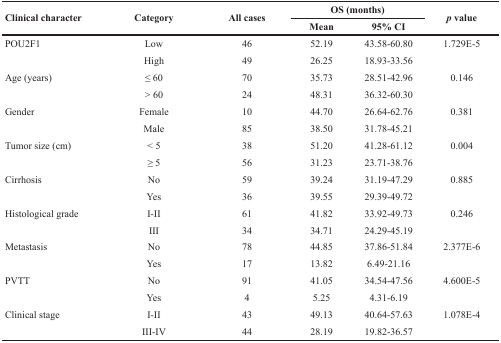
<table><thead><tr><td rowspan="2"><b>Clinical character</b></td><td rowspan="2"><b>Category</b></td><td rowspan="2"><b>All cases</b></td><td colspan="2"><b>OS (months)</b></td><td rowspan="2"><b><i>p</i> value</b></td></tr><tr><td><b>Mean</b></td><td><b>95% CI</b></td></tr></thead><tbody><tr><td>POU2F1</td><td>Low</td><td>46</td><td>52.19</td><td>43.58–60.80</td><td>1.729E-5</td></tr><tr><td></td><td>High</td><td>49</td><td>26.25</td><td>18.93–33.56</td><td></td></tr><tr><td>Age (years)</td><td>≤ 60</td><td>70</td><td>35.73</td><td>28.51–42.96</td><td>0.146</td></tr><tr><td></td><td>&gt; 60</td><td>24</td><td>48.31</td><td>36.32–60.30</td><td></td></tr><tr><td>Gender</td><td>Female</td><td>10</td><td>44.70</td><td>26.64–62.76</td><td>0.381</td></tr><tr><td></td><td>Male</td><td>85</td><td>38.50</td><td>31.78–45.21</td><td></td></tr><tr><td>Tumor size (cm)</td><td>&lt; 5</td><td>38</td><td>51.20</td><td>41.28–61.12</td><td>0.004</td></tr><tr><td></td><td>≥ 5</td><td>56</td><td>31.23</td><td>23.71–38.76</td><td></td></tr><tr><td>Cirrhosis</td><td>No</td><td>59</td><td>39.24</td><td>31.19–47.29</td><td>0.885</td></tr><tr><td></td><td>Yes</td><td>36</td><td>39.55</td><td>29.39–49.72</td><td></td></tr><tr><td>Histological grade</td><td>I-II</td><td>61</td><td>41.82</td><td>33.92–49.73</td><td>0.246</td></tr><tr><td></td><td>III</td><td>34</td><td>34.71</td><td>24.29–45.19</td><td></td></tr><tr><td>Metastasis</td><td>No</td><td>78</td><td>44.85</td><td>37.86–51.84</td><td>2.377E-6</td></tr><tr><td></td><td>Yes</td><td>17</td><td>13.82</td><td>6.49–21.16</td><td></td></tr><tr><td>PVTT</td><td>No</td><td>91</td><td>41.05</td><td>34.54–47.56</td><td>4.600E-5</td></tr><tr><td></td><td>Yes</td><td>4</td><td>5.25</td><td>4.31–6.19</td><td></td></tr><tr><td>Clinical stage</td><td>I-II</td><td>43</td><td>49.13</td><td>40.64–57.63</td><td>1.078E-4</td></tr><tr><td></td><td>III-IV</td><td>44</td><td>28.19</td><td>19.82–36.57</td><td></td></tr></tbody></table>